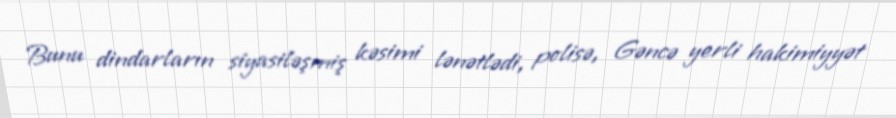
Bunu dindarların siyasiləşmiş kəsimi lənətlədi, polisə, Gəncə yerli hakimiyyət